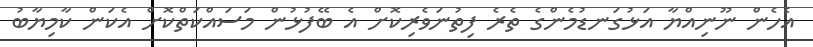
އެހެން ނޫނިއްޔާ އަޅުގަނޑުމެންގެ ތެރެ ފިތުނަވެރިކޮށް އެ ބޭފުޅުން މަސައްކަތްކޮށް އެކަން ކާމިޔާބު